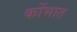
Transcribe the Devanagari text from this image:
कोंभात